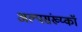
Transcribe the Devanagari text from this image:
अल्पसंख्य्कॉ